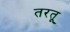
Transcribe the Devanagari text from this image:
तरतू